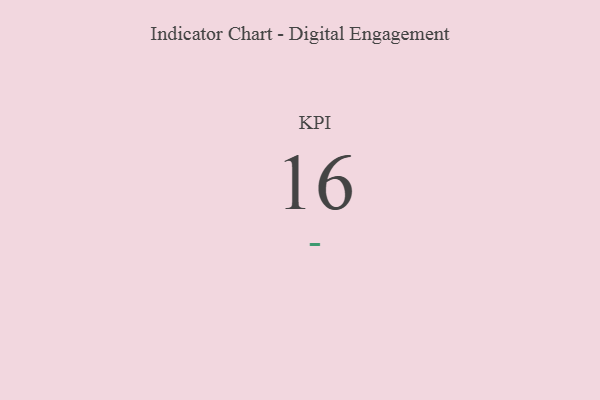
{"axis": {"x": "KPI", "y": "Value"}, "legend": [""], "data": [{"x": "KPI", "y": 16, "type": ""}]}